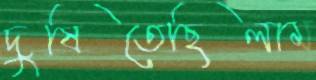
দুষিতেছিলাম